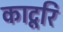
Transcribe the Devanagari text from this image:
काटूरि